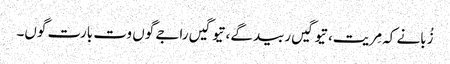
زُبانے کہ مِریت، تیوگیں ربیدگے، تیوگیں راجے گوں وت بارت گوں۔